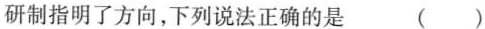
研制指明了方向，下列说法正确的是 ()